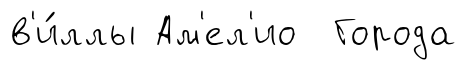
в'и́ллы Ам'ел'ио Города